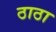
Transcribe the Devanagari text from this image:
ठाठा